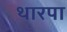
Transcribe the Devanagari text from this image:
थारपा